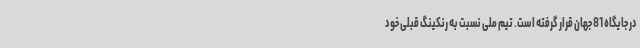
در جایگاه 81 جهان قرار گرفته است. تیم ملی نسبت به رنکینگ قبلی خود